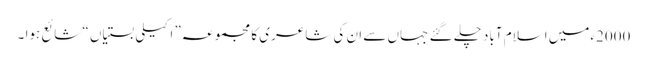
2000ءمیں اسلام آباد چلے گئے جہاں سے ان کی شاعری کا مجموعہ” اکیلی بستیاں “ شائع ہوا ۔